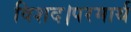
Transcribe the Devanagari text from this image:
विशद।परमार्थ